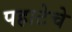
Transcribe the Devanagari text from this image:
पहाटेचे